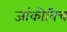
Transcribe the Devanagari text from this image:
जांकोविच